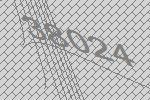
38024